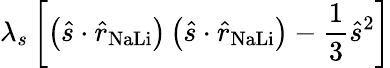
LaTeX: \lambda_{s}\left[\left(\hat{s}\cdot\hat{r}_{\mathrm{NaLi}}\right)\left(\hat{s}\cdot\hat{r}_{\mathrm{NaLi}}\right)-\frac{1}{3}\hat{s}^{2}\right]